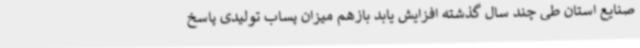
صنایع استان طی چند سال گذشته افزایش یابد بازهم میزان پساب تولیدی پاسخ